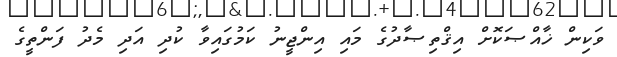
ވަކިން ޚާއްޞަކޮށް އިޤްތިޞާދުގެ މައި އިންޖީނު ކަމުގައިވާ ކުދި އަދި މެދު ފަންތީގެ